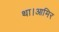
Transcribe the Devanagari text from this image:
था।आमिर